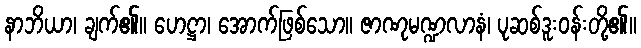
နာဘိယာ၊ ချက်၏။ ဟေဋ္ဌာ၊ အောက်ဖြစ်သော။ ဇာဏုမဏ္ဍလာနံ၊ ပုဆစ်ဒူးဝန်းတို့၏။